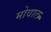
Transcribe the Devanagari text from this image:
मोवाल